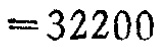
$=32200$